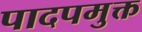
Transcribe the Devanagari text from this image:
पादपमुक्त